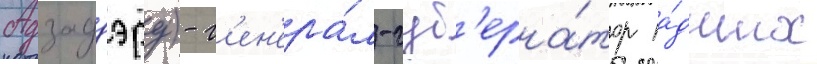
Адзадзэру) - г'ен'ера́л-губ'ерна́тор па́дших